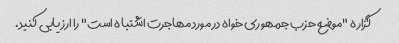
گزاره "موضع حزب جمهوری خواه در مورد مهاجرت اشتباه است" را ارزیابی کنید.